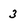
Character: 3